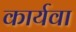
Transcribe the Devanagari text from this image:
कार्यवा